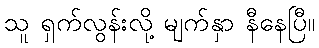
သူ ရှက်လွန်းလို့ မျက်နှာ နီနေပြီ။